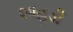
શાહૂડી